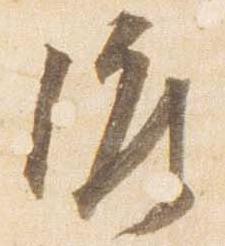
渡